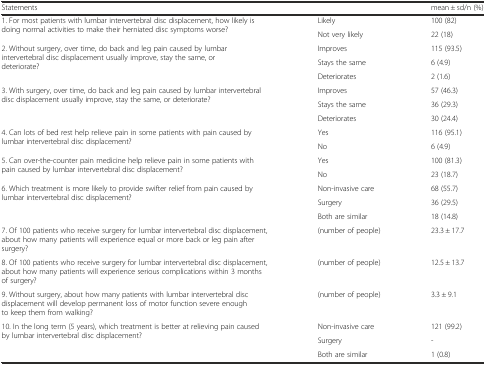
| Statements |  | mean ± sd/n (%) |
 | --- | --- | --- |
 | <ROWSPAN=2> 1. For most patients with lumbar intervertebral disc displacement, how likely is doing normal activities to make their herniated disc symptoms worse? | Likely | 100 (82) |
 | Not very likely | 22 (18) |
 | <ROWSPAN=3> 2. Without surgery, over time, do back and leg pain caused by lumbar intervertebral disc displacement usually improve, stay the same, or deteriorate? | Improves | 115 (93.5) |
 | Stays the same | 6 (4.9) |
 | Deteriorates | 2 (1.6) |
 | <ROWSPAN=3> 3. With surgery, over time, do back and leg pain caused by lumbar intervertebral disc displacement usually improve, stay the same, or deteriorate? | Improves | 57 (46.3) |
 | Stays the same | 36 (29.3) |
 | Deteriorates | 30 (24.4) |
 | <ROWSPAN=2> 4. Can lots of bed rest help relieve pain in some patients with pain caused by lumbar intervertebral disc displacement? | Yes | 116 (95.1) |
 | No | 6 (4.9) |
 | <ROWSPAN=2> 5. Can over-the-counter pain medicine help relieve pain in some patients with pain caused by lumbar intervertebral disc displacement? | Yes | 100 (81.3) |
 | No | 23 (18.7) |
 | <ROWSPAN=3> 6. Which treatment is more likely to provide swifter relief from pain caused by lumbar intervertebral disc displacement? | Non-invasive care | 68 (55.7) |
 | Surgery | 36 (29.5) |
 | Both are similar | 18 (14.8) |
 | 7. Of 100 patients who receive surgery for lumbar intervertebral disc displacement, about how many patients will experience equal or more back or leg pain after surgery? | (number of people) | 23.3 ± 17.7 |
 | 8. Of 100 patients who receive surgery for lumbar intervertebral disc displacement, about how many patients will experience serious complications within 3 months of surgery? | (number of people) | 12.5 ± 13.7 |
 | 9. Without surgery, about how many patients with lumbar intervertebral disc displacement will develop permanent loss of motor function severe enough to keep them from walking? | (number of people) | 3.3 ± 9.1 |
 | <ROWSPAN=3> 10. In the long term (5 years), which treatment is better at relieving pain caused by lumbar intervertebral disc displacement? | Non-invasive care | 121 (99.2) |
 | Surgery | - |
 | Both are similar | 1 (0.8) |